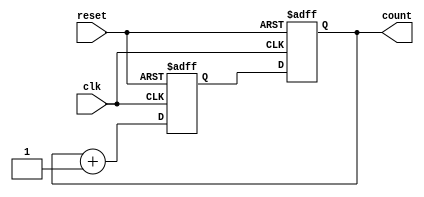
module DecadeCounter (
    input wire clk,
    input wire reset,
    output reg [3:0] count
);

reg [3:0] next_count;

always @(posedge clk or posedge reset) begin
    if (reset) begin
        next_count <= 4'b0000;
    end else begin
        next_count <= count + 1;
    end
end

always @(posedge clk or posedge reset) begin
    if (reset) begin
        count <= 4'b0000;
    end else begin
        count <= next_count;
    end
end

endmodule